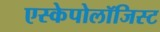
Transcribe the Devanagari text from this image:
एस्केपोलॉजिस्ट